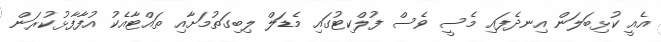
އެއީ ކުޅިބަލަން އިނދެފައި މެސީ ވެސް ފުލްކިޓުގައި މެޑަލް ލިބިގަތުމަށާއި ތައްޓާއެކު އުފާފާޅުކުރަން